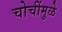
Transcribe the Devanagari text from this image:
चोचींमुळे